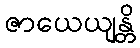
ဇာယေယျန္တိ